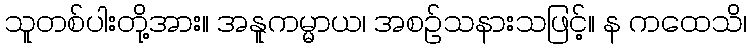
သူတစ်ပါးတို့အား။ အနူကမ္မာယ၊ အစဉ်သနားသဖြင့်။ န ကထေသိ၊